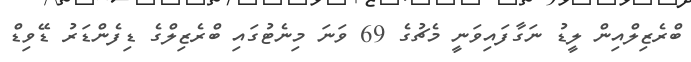
ބްރެޒިލްއިން ލީޑު ނަގާފައިވަނީ މެޗުގެ 69 ވަނަ މިނެޓުގައި ބްރެޒިލްގެ ޑިފެންޑަރު ޑޭވިޑް